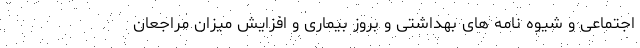
اجتماعی و شیوه نامه های بهداشتی و بروز بیماری و افزایش میزان مراجعان